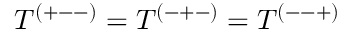
T ^ { ( + -- ) } = T ^ { ( - + - ) } = T ^ { ( -- + ) }